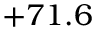
+ 7 1 . 6